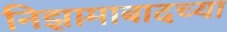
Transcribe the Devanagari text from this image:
निझामाबादच्या